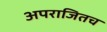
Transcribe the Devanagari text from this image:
अपराजितच